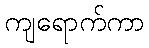
ကျရောက်ကာ